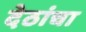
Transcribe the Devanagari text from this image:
देठांचा